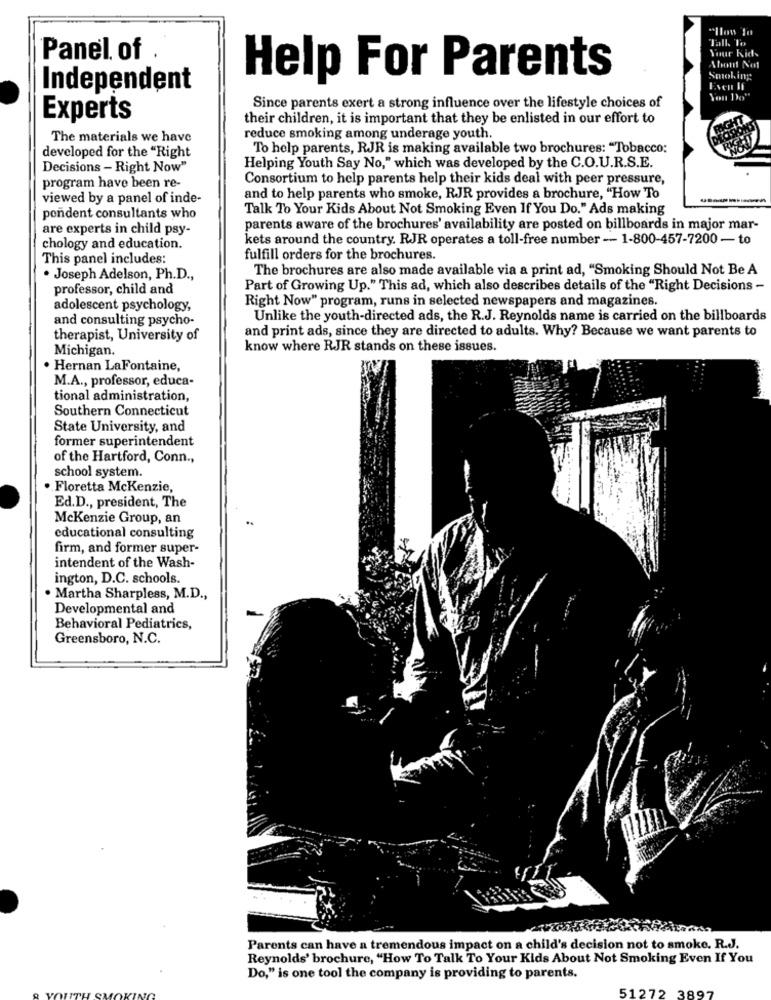
"Ilon la
Tall. To
Your kids
Panel of
Ahont Not
Help For Parents
Smoking
Independent
Even If
Since parents exert a strong influence over the lifestyle choices of
Experts
their children, it is important that they be enlisted in our effort to
The materials we have
reduce smoking among underage youth.
To help parents, RJR is making available two brochures: "Tobacco:
developed for the "Right
Decisions - Right Now"
Helping Youth Say No," which was developed by the C.O.U.R.S.E.
Consortium to help parents help their kids deal with peer pressure,
program have been re-
viewed by a panel of inde-
and to help parents who smoke, RJR provides a brochure, "How To
Talk To Your Kids About Not Smoking Even If You Do." Ads making
pendent consultants who
are experts in child psy-
parents aware of the brochures' availability are posted on billboards in major mar-
kets around the country. RJR operates a toll-free number -- 1-800-457-7200 - to
chology and education.
This panel includes:
fulfill orders for the brochures.
The brochures are also made available via a print ad, "Smoking Should Not Be A
. Joseph Adelson, Ph.D .,
professor, child and
Part of Growing Up." This ad, which also describes details of the "Right Decisions -
Right Now" program, runs in selected newspapers and magazines.
adolescent psychology,
and consulting psycho-
Unlike the youth-directed ads, the R.J. Reynolds name is carried on the billboards
and print ads, since they are directed to adults. Why? Because we want parents to
therapist, University of
Michigan.
know where RJR stands on these issues.
. Hernan LaFontaine,
M.A ., professor, educa-
tional administration,
Southern Connecticut
State University, and
former superintendent
of the Hartford, Conn .,
school system.
. Floretta Mckenzie,
Ed.D ., president, The
Mckenzie Group, an
educational consulting
firm, and former super-
intendent of the Wash-
ington, D.C. schools.
. Martha Sharpless, M.D .,
Developmental and
Behavioral Pediatrics,
Greensboro, N.C.
Parents can have a tremendous impact on a child's decision not to smoke. R.J.
Reynolds' brochure, "How To Talk To Your Kids About Not Smoking Even If You
Do," is one tool the company is providing to parents.
51272 3897